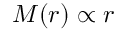
M ( r ) \propto r